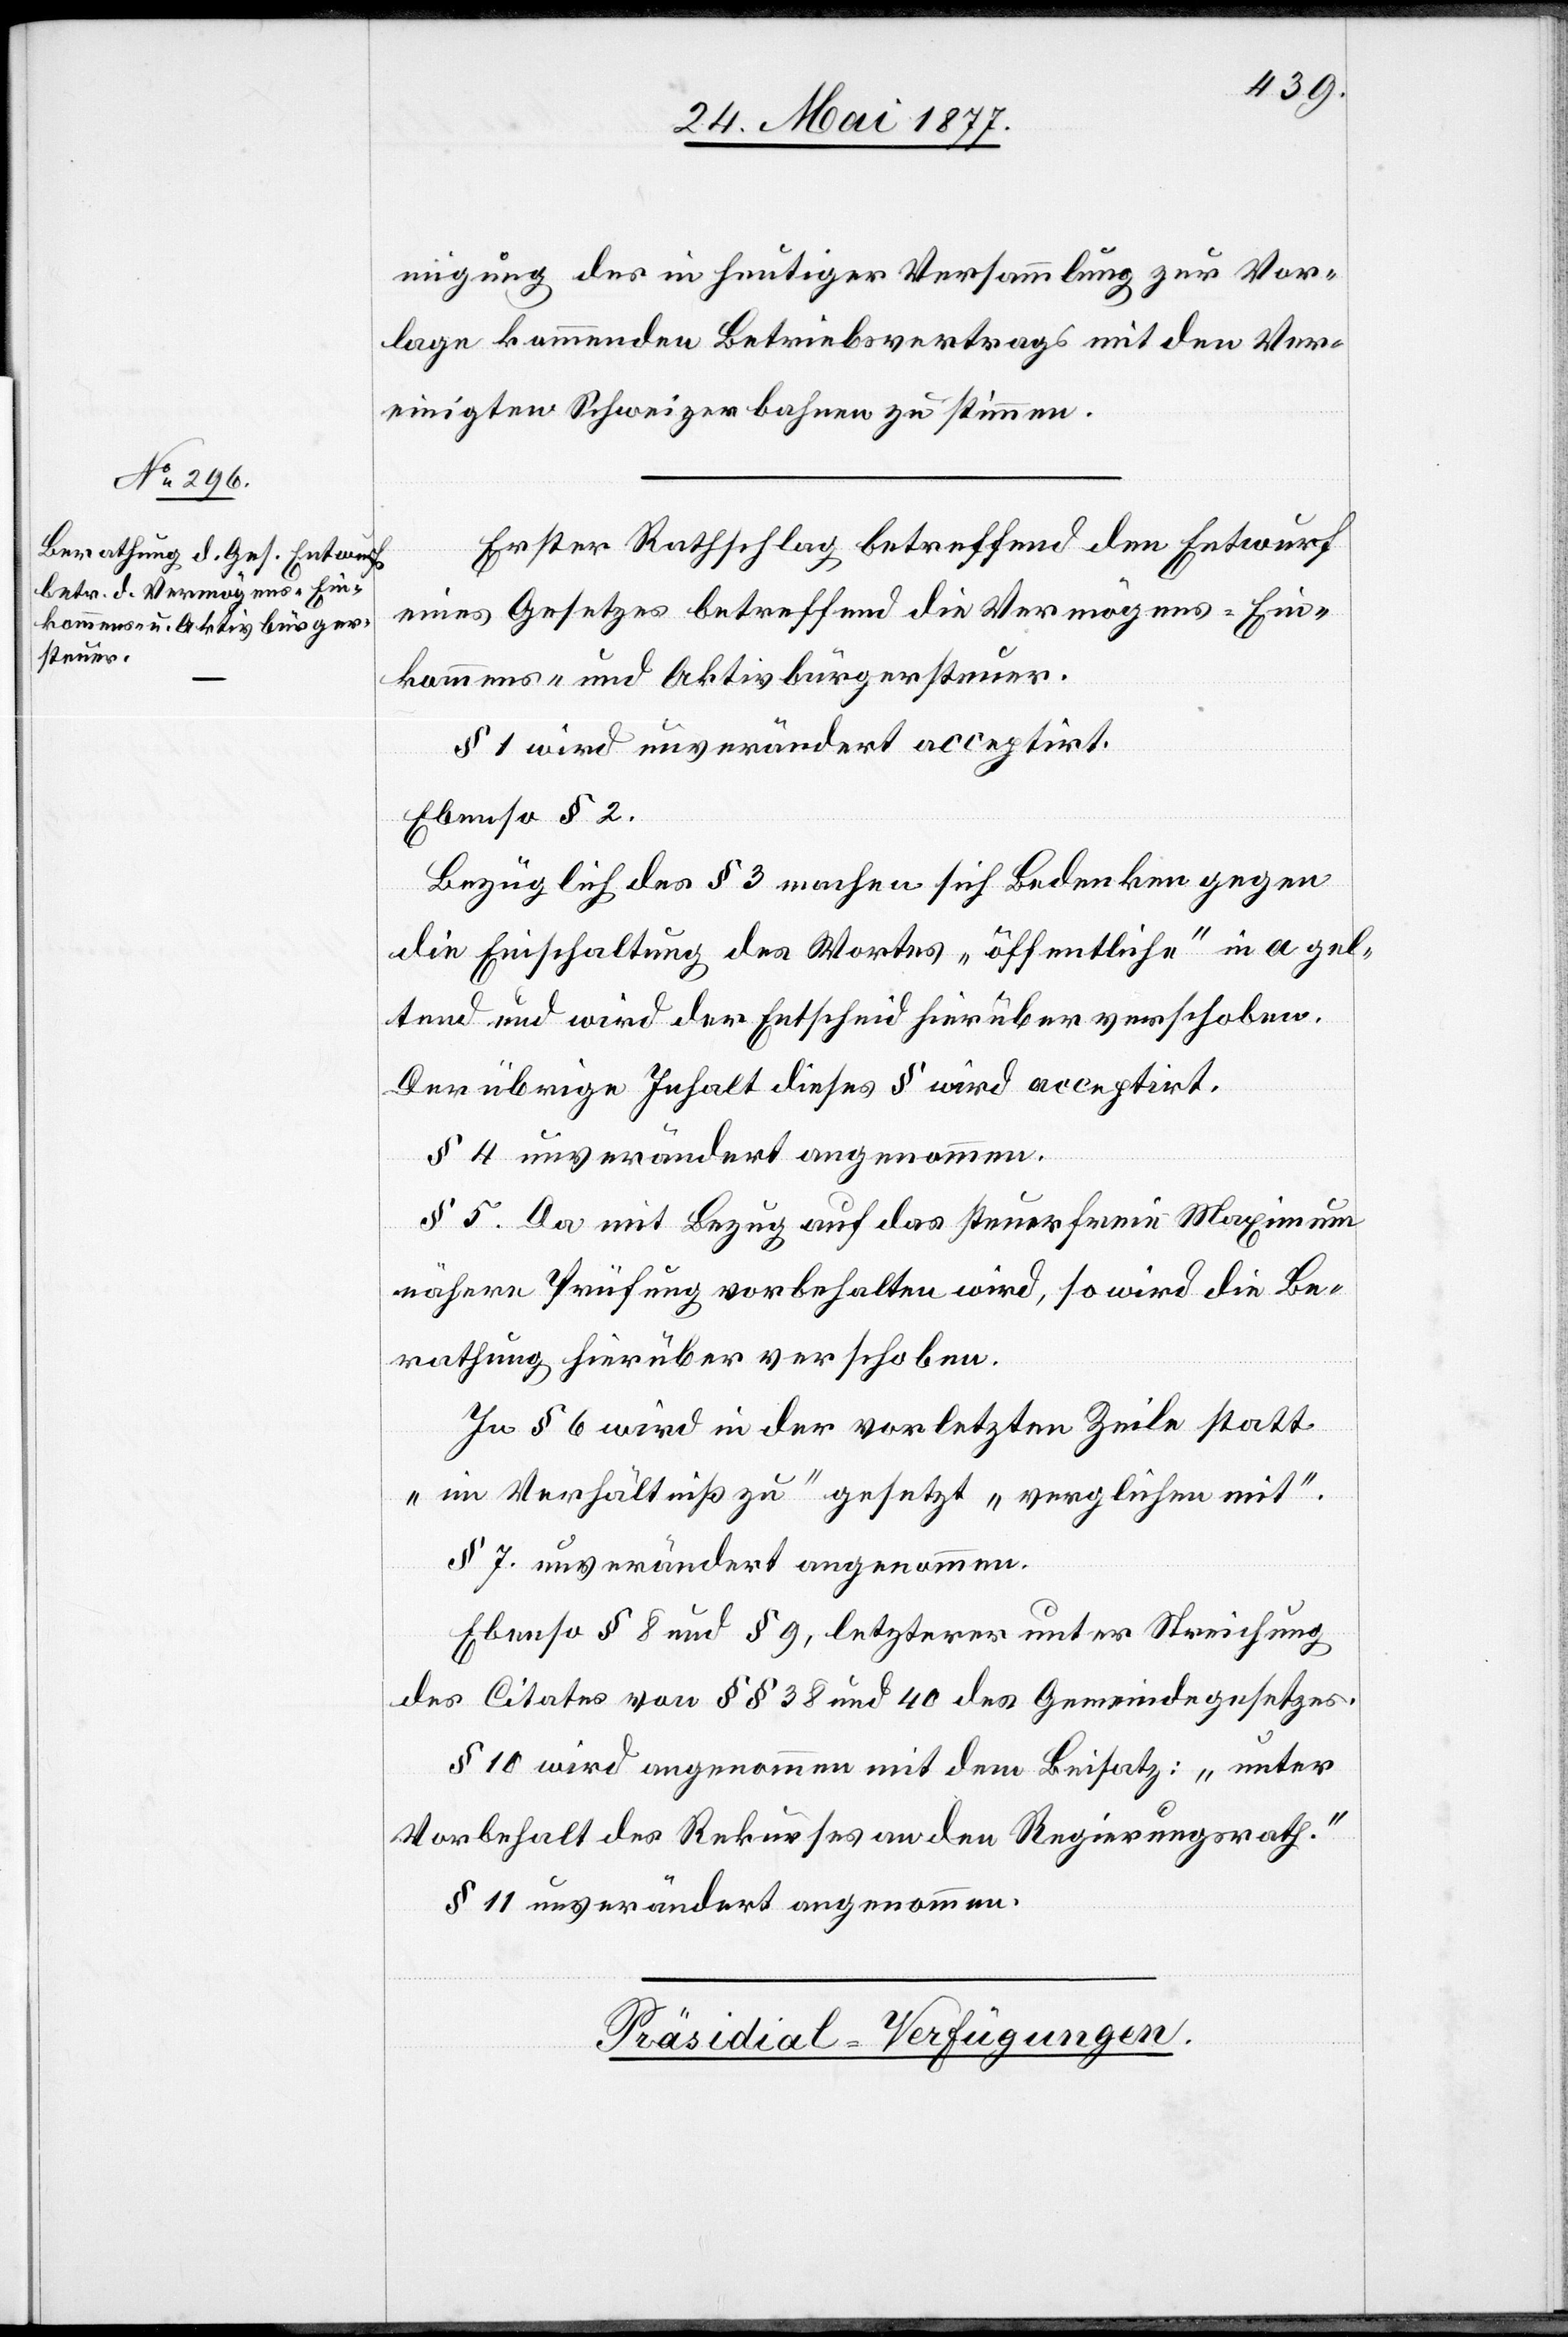
migung des in heutiger Versammlung zur Vor¬
lage kommenden Betriebsvertrags mit den Ver¬
einigten Schweizerbahnen zu stimmen.
Erster Rathschlag betreffend den Entwurf
eines Gesetzes betreffend die Vermögens- Ein¬
kommens- und Aktivbürgersteuer.
§ 1 wird unverändert acceptirt.
Ebenso § 2.
Bezüglich des § 3 machen sich Bedenken gegen
die Einschaltung des Wortes „öffentliche“ in a gel¬
tend und wird der Entscheid hierüber verschoben.
Der übrige Inhalt dieses § wird acceptirt.
§ 4 unverändert angenommen.
§ 5. Da mit Bezug auf das steuerfreie Maximum
nähere Prüfung vorbehalten wird, so wird die Be¬
rathung hierüber verschoben.
in § 6 wird in der vorletzten Zeile statt
„im Verhältniß zu“ gesetzt „verglichen mit“.
§ 7. unverändert angenommen.
Ebenso § 8 und § 9, letzterer unter Streichung
des Citates von §§ 38 und 40 des Gemeindegesetzes.
§ 10 wird angenommen mit dem Beisatz: „unter
Vorbehalt des Rekurses an den Regierungsrath.“
§ 11 unverändert angenommen.
Präsidial-Verfügungen